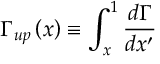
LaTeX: \Gamma _ { u p } \left( x \right) \equiv \int _ { x } ^ { 1 } \frac { d \Gamma } { d x ^ { \prime } }